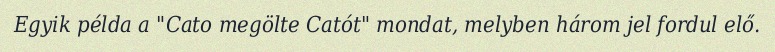
Egyik példa a "Cato megölte Catót" mondat, melyben három jel fordul elő.